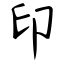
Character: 印